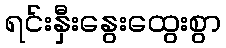
ရင်းနှီးနွေးထွေးစွာ